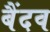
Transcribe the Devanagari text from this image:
बैंदव